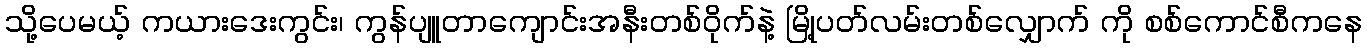
သို့ပေမယ့် ကယားဒေးကွင်း၊ ကွန်ပျူတာကျောင်းအနီးတစ်ဝိုက်နဲ့ မြို့ပတ်လမ်းတစ်လျှောက် ကို စစ်ကောင်စီကနေ